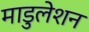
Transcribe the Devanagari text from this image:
माडुलेशन